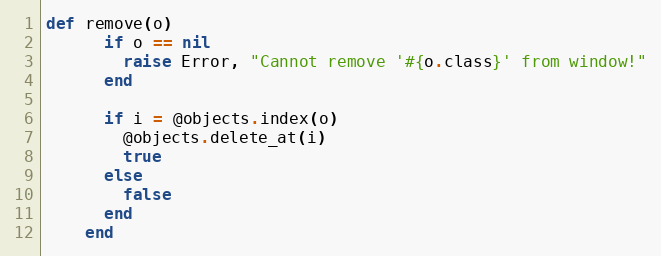
Language: Ruby
def remove(o)
      if o == nil
        raise Error, "Cannot remove '#{o.class}' from window!"
      end

      if i = @objects.index(o)
        @objects.delete_at(i)
        true
      else
        false
      end
    end